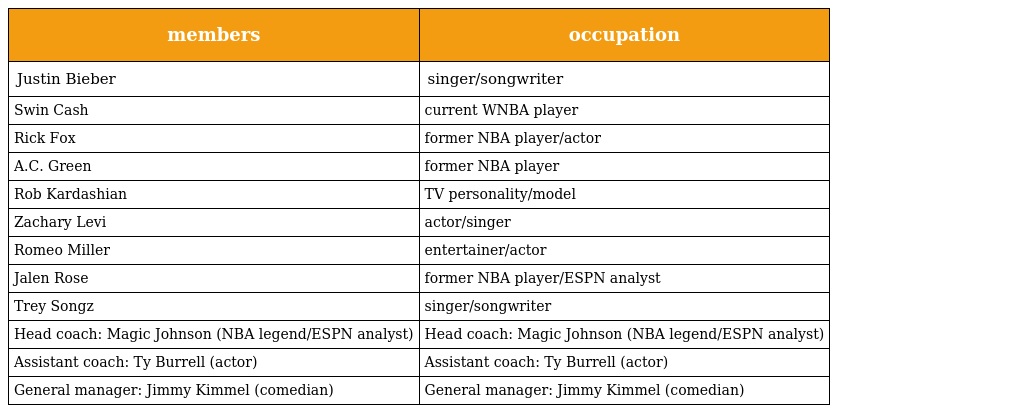
| members | occupation |
 | --- | --- |
 | Justin Bieber | singer/songwriter |
 | Swin Cash | current WNBA player |
 | Rick Fox | former NBA player/actor |
 | A.C. Green | former NBA player |
 | Rob Kardashian | TV personality/model |
 | Zachary Levi | actor/singer |
 | Romeo Miller | entertainer/actor |
 | Jalen Rose | former NBA player/ESPN analyst |
 | Trey Songz | singer/songwriter |
 | Head coach: Magic Johnson (NBA legend/ESPN analyst) | Head coach: Magic Johnson (NBA legend/ESPN analyst) |
 | Assistant coach: Ty Burrell (actor) | Assistant coach: Ty Burrell (actor) |
 | General manager: Jimmy Kimmel (comedian) | General manager: Jimmy Kimmel (comedian) |